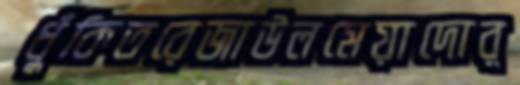
ধুঁকিতরেজাউলমেয়াদোর্